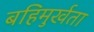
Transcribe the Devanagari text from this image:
बहिमुर्खता